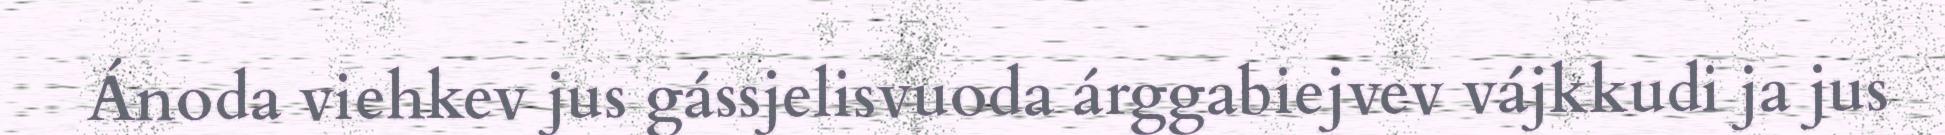
Ánoda viehkev jus gássjelisvuoda árggabiejvev vájkkudi ja jus